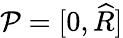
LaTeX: {\mathcal{P}}=[0,\widehat{R}]